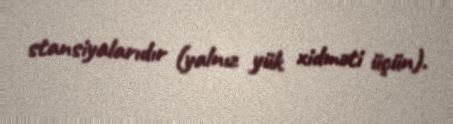
stansiyalarıdır (yalnız yük xidməti üçün).